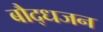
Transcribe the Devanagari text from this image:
बौद्धजन